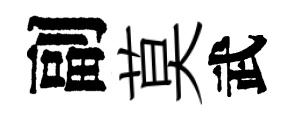
副莫武